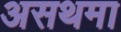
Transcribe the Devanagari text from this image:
असथमा